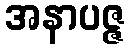
အနာပဇ္ဇ